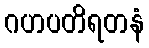
ဂဟပတိရတနံ